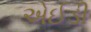
એઈડી